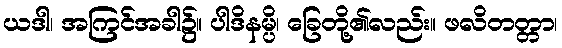
ယဒါ၊ အကြင်အခါ၌။ ပါဒိနမ္ပိ၊ ခြေတို့၏လည်း။ ဖလိတတ္တာ၊